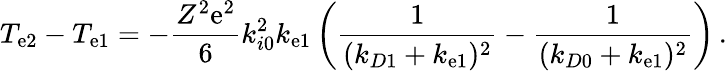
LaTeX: T_{\mathrm{e}2}-T_{\mathrm{e}1}=-\frac{{Z^{2}\mathrm{e}^{2}}}{{6}}k_{i0}^{2}k_{\mathrm{e}1}\left(\frac{{1}}{{(k_{D1}+k_{\mathrm{e}1})^{2}}}-\frac{{1}}{{(k_{D0}+k_{\mathrm{e}1})^{2}}}\right)\, .